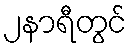
၂နာရီတွင်